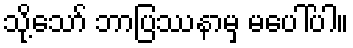
သို့သော် ဘာပြဿနာမှ မပေါ်ပါ။